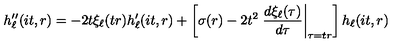
h _ { \ell } ^ { \prime \prime } ( i t , r ) = - 2 t \xi _ { \ell } ( t r ) h _ { \ell } ^ { \prime } ( i t , r ) + \left[ \sigma ( r ) - 2 t ^ { 2 } \left. \frac { d \xi _ { \ell } ( \tau ) } { d \tau } \right| _ { \tau = t r } \right] h _ { \ell } ( i t , r )